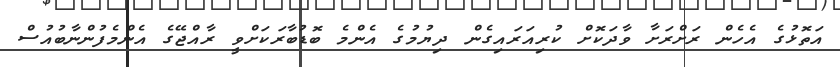
އަތޮޅުގެ އެހެން ރަށްރަށާ ވާދަކޮށް ކުރިއަރައިގެން ދިޔުމުގެ އެންމެ ބޮޑުބާރަކަށްވީ ރާއްޖޭގެ އެންމެފުންނާބުއުސް